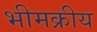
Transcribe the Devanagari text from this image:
भीमक्रीय